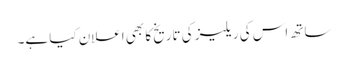
ساتھ اس کی ریلیز کی تاریخ کا بھی اعلان کیا ہے۔